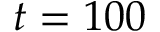
t = 1 0 0